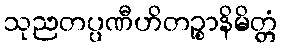
သုညတပ္ပဏီဟိတဉ္စာနိမိတ္တံ